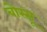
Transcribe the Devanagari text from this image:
बोस्सू